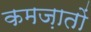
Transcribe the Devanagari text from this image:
कमज़ातों